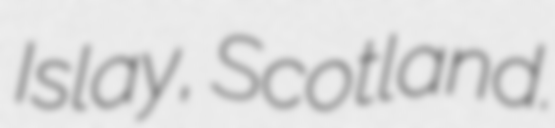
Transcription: Islay, Scotland.